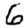
Digit: 6